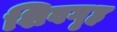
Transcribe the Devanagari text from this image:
शिवगृह